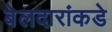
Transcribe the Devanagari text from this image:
बेलदारांकडे